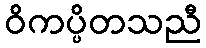
ဝိကပ္ပိတသညီ